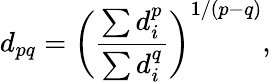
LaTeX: {{d}_{pq}}={{\left(\frac{\sum{d_{i}^{p}}}{\sum{d_{i}^{q}}}\right)}^{1/\left(p-q\right)}},